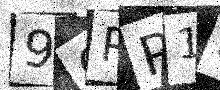
Text: 96PP1G